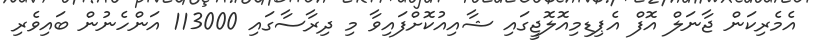
އެމެރިކަން ޖާނަލް އޮފް އެޕިޑިމިއޮލޮޖީގައި ޝާއިއުކޮށްފައިވާ މި ދިރާސާގައި 113000 އަންހެނުން ބައިވެރި